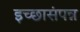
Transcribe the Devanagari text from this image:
इच्छासंपन्न